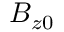
B _ { z 0 }